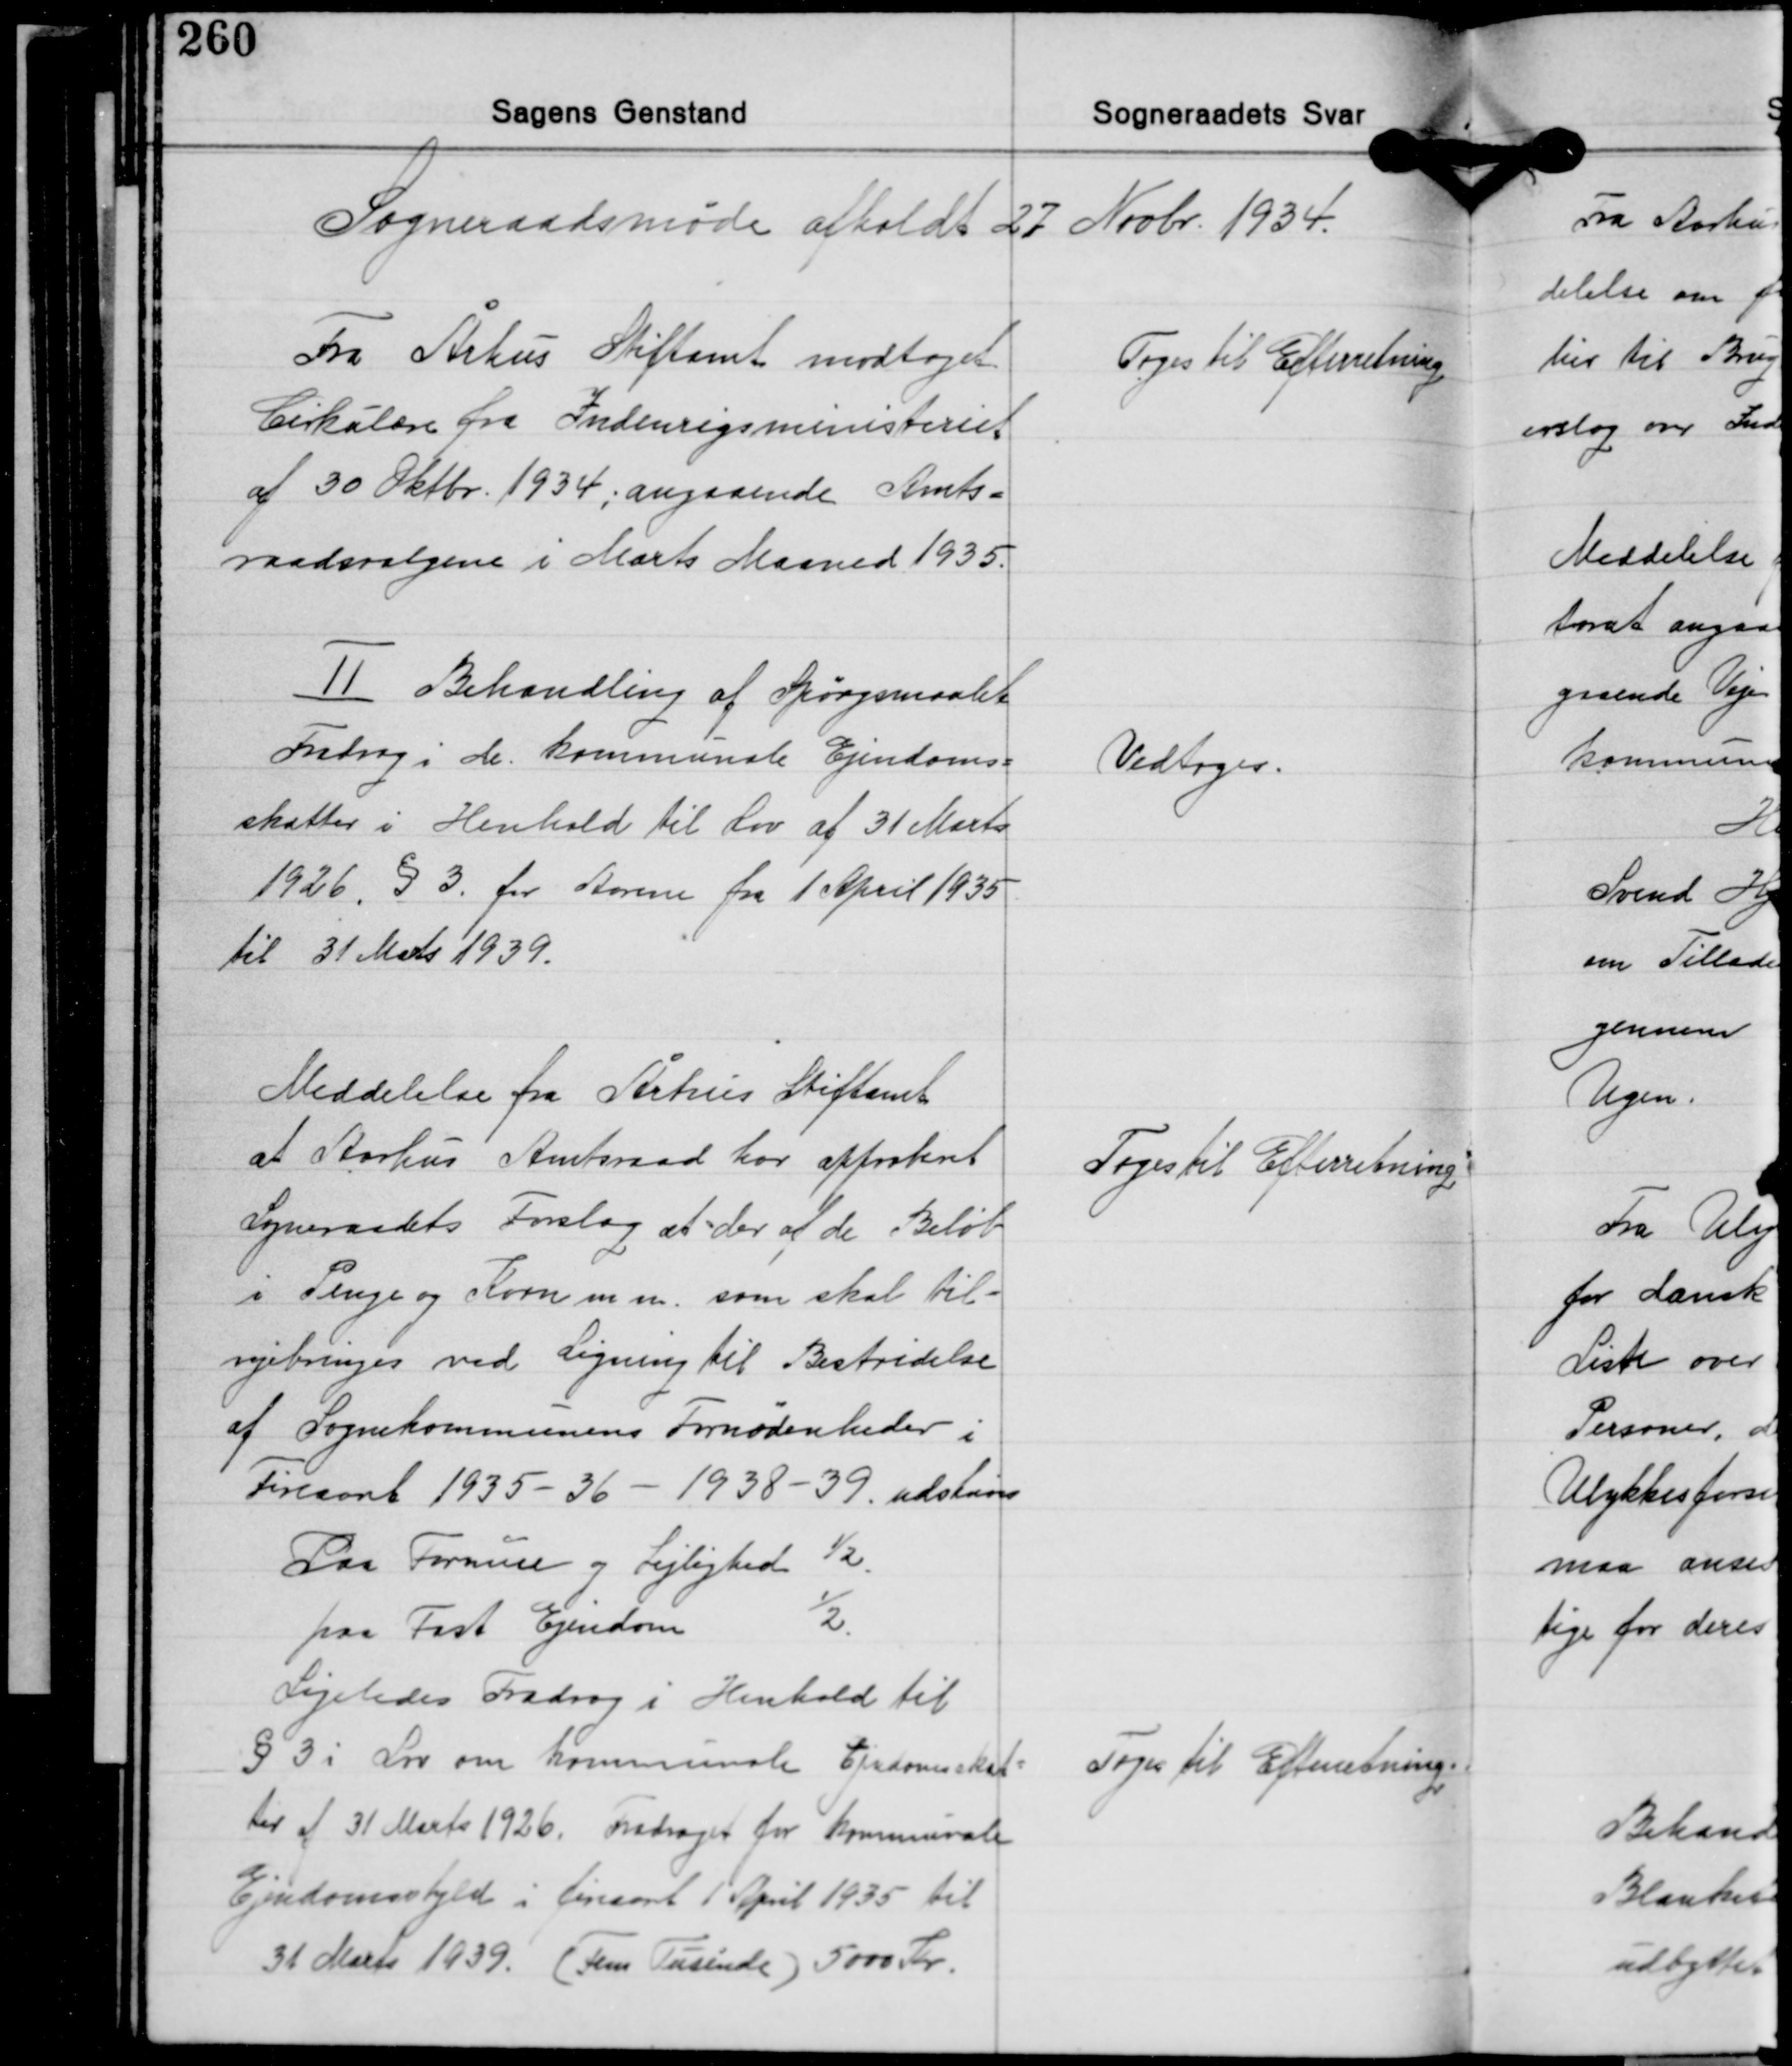
Transskription:
Sogneraadsmøde afholdt 27 Novbr. 1934.

Fra Århus Stiftamt modtaget
Cirkulære fra Indenrigsministeriet
af 30 Oktbr. 1934; angaaende Amts-
raadsvalgene i Marts Maaned 1935.

Toges til Efterretning

Ⅱ Behandling af Spørgsmaalet
Fradrag i de kommunale Ejendoms-
skatter i Henhold til Lov af 31 Marts
1926 § 3. for Aarene fra 1 April 1935
til 31 Marts 1939.

Vedtoges.

Meddelelse fra Århus Stiftamt
at Aarhus Amtsraad har approberet
Soneraadets Forslag at der af de Beløb
i Penge og Korn m.m. som skal til-
vejebringes ved Ligning til Bestridelse
af Sognekommunens Fornødenheder i
Fireaaret 1935-36 - 1938-39 udskrives
Paa Formue og Lejlighed ½.
paa Fast Ejendom ½.

Toges til Efterretning.

Ligeledes Fradrag i Henhold til
§ 3 i Lov om Kommunale Ejendomsskat-
ter af 31 Marts 1926. Fradraget for Kommunale
Ejendomsskyld i fireaaret 1 April 1935 til
31 Marts 1939. (Fem Tusinde) 5000 Kr.

Toges til Efterretning